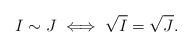
LaTeX: \begin{align*}I\sim J \iff \sqrt{I}=\sqrt{J}.\end{align*}